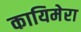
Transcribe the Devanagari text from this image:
कायिमेरा